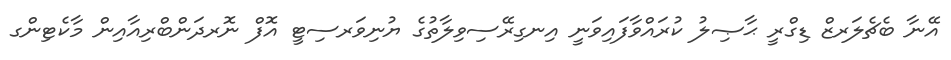
އޭނާ ބެޗެލަރޒް ޑިގްރީ ޙާޞިލު ކުރައްވާފައިވަނީ އިނގިރޭސިވިލާތުގެ ޔުނިވަރސިޓީ އޮފް ނޮރދަންބްރިއާއިން މާކެޓިންގ